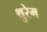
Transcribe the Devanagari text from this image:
थुरेम